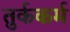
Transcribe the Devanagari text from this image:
तुर्ककर्म